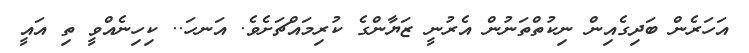
އަހަރެން ބަދިގެއިން ނިކުތްތަނުން އެރުނީ ޒަޔާންގެ ކުރިމައްޗަށެވެ. އަނހަ.. ކިހިނެއްވީ ތި އައީ